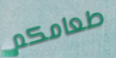
طعامكم